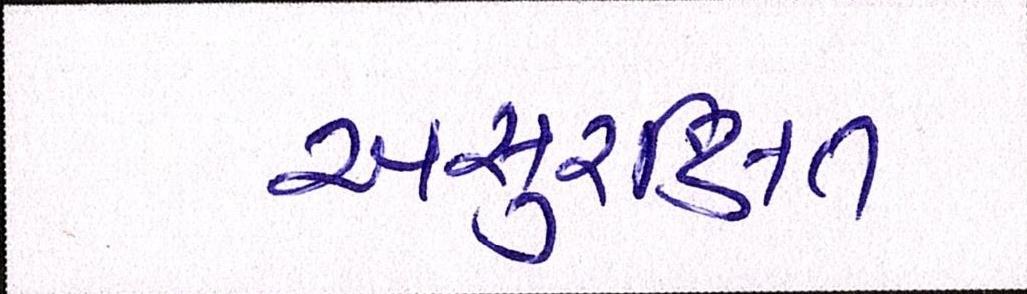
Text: અસુરિક્ષત